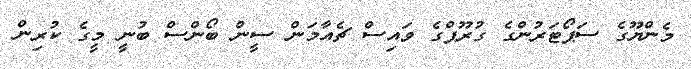
މެންޔޫގެ ސަޕޯޓަރުންގެ ގުރޫޕްގެ ވައިސް ޗެއާމަން ސީން ބޯންސް ބުނީ މީގެ ކުރިން